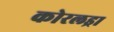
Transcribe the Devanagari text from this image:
कोरलड्रा